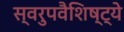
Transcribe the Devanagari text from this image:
स्वरुपवैशिष्ट्ये